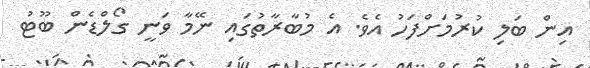
އިން ބަލި ކުރުމަށްފަހު އެވެ. އެ މުބާރާތުގައި ނޭމާ ވަނީ ގޯލްޑެން ބޫޓު